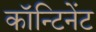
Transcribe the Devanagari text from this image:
कॉन्टिनेंट